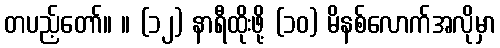
တပည့်တော်။ ။ (၁၂) နာရီထိုးဖို့ (၁၀) မိနစ်လောက်အလိုမှာ